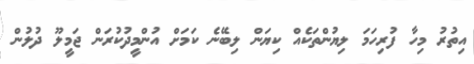
އިތުރު މިހާ ފުރިހަމަ ލިޔުންތަކެއް ކިޔަން ލިބޭނެ ކަމަށް އުންމީދުކުރަން ޖަމިީލޫ ދުލުން